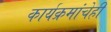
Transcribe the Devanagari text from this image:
कार्यक्रमांचेही